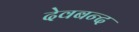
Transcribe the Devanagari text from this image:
देवबन्‍द